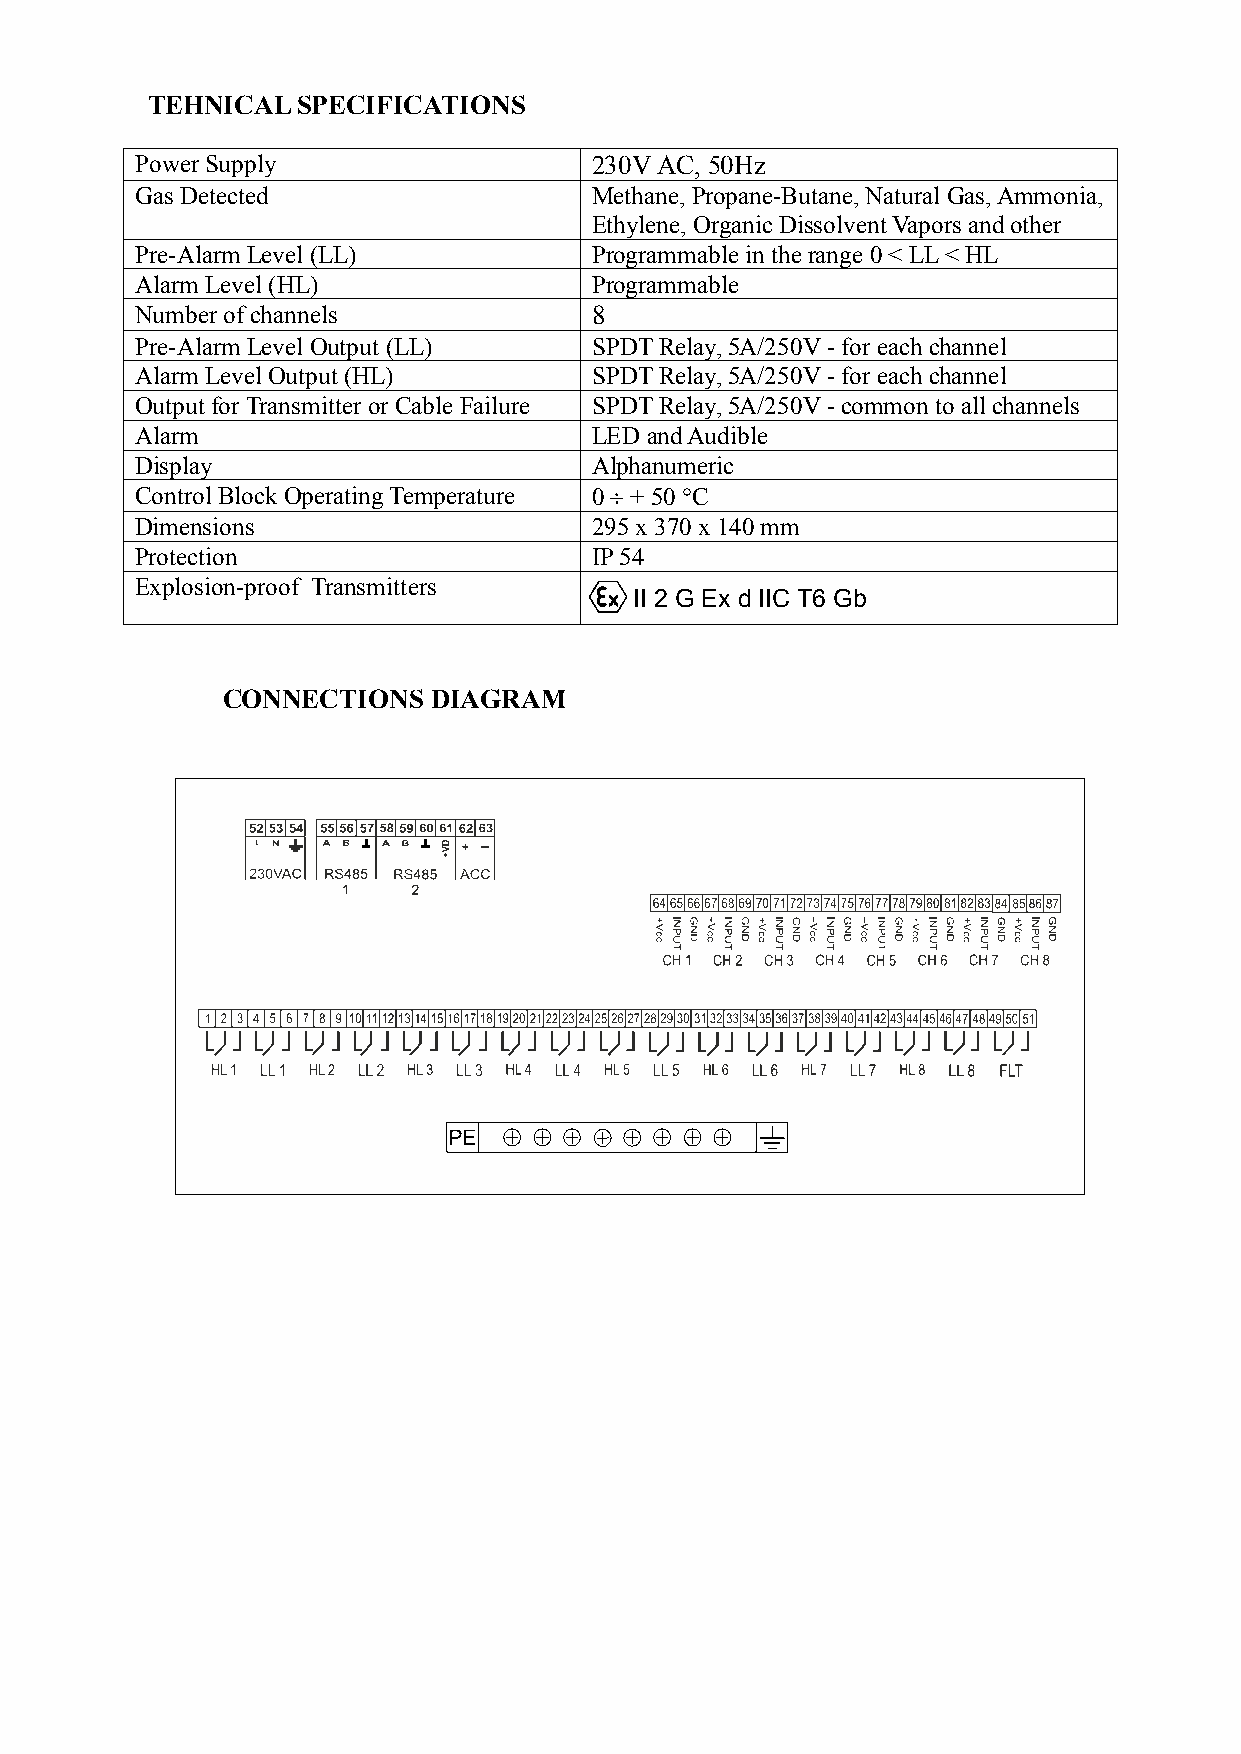
TEHNICALSPECIFICATIONS
 PowerSupply                   230VAC, 50Hz
 Gas Detected                  Methane, Propane-Butane, Natural Gas,Ammonia,
 Ethylene, Organic DissolventVapors andother
 Pre-Alarm Level (LL)          Programmable in therange 0<LL<HL
 Alarm Level (HL)              Programmable
 Numberofchannels              8
 Pre-Alarm Level Output (LL)   SPDTRelay,5A/250V-for each channel
 Alarm Level Output (HL)       SPDTRelay,5A/250V-for each channel
 OutputforTransmitterorCable Failure SPDTRelay,5A/250V-common to all channels
 Alarm                         LED andAudible
 Display                       Alphanumeric
 ControlBlock OperatingTemperature 0 + 50С
 Dimensions                    295x370x140mm
 Protection                    IP54
 Explosion-proof Transmitters
 II 2 G Ex d IIC T6 Gb
 CONNECTIONS   DIAGRAM